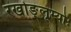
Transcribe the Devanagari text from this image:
रखोङ्लूम्योः